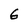
Character: 6